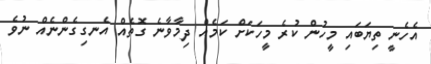
އެހެނީ ތިޔަބައި މީހުުން ކުރެ މީހަކަށް ކަމެއް ދިމާވާނެ ގޮތެއް އެނގިގެންނެއް ނުވެ